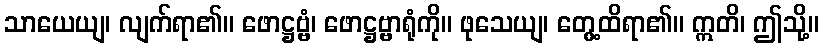
သာယေယျ၊ လျက်ရာ၏။ ဖောဋ္ဌဗ္ဗံ၊ ဖောဋ္ဌဗ္ဗာရုံကို။ ဖုသေယျ၊ တွေ့ထိရာ၏။ ဣတိ၊ ဤသို့။